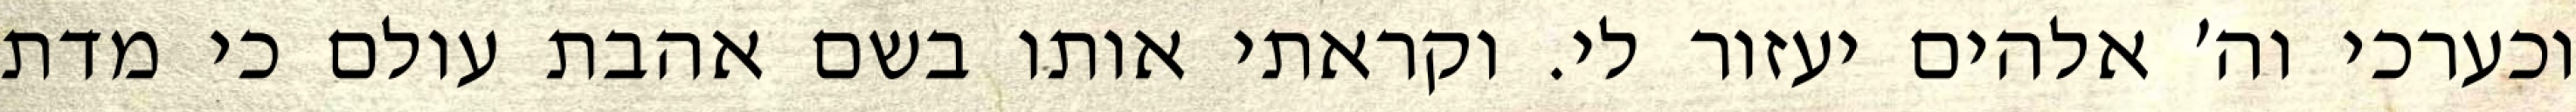
וכערכי וה׳ אלהים יעזור לי. וקראתי אותו בשם אהבת עולם כי מדת